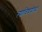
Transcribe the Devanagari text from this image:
त्याविषयीचा